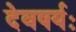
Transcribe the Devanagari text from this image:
देवषर्यः